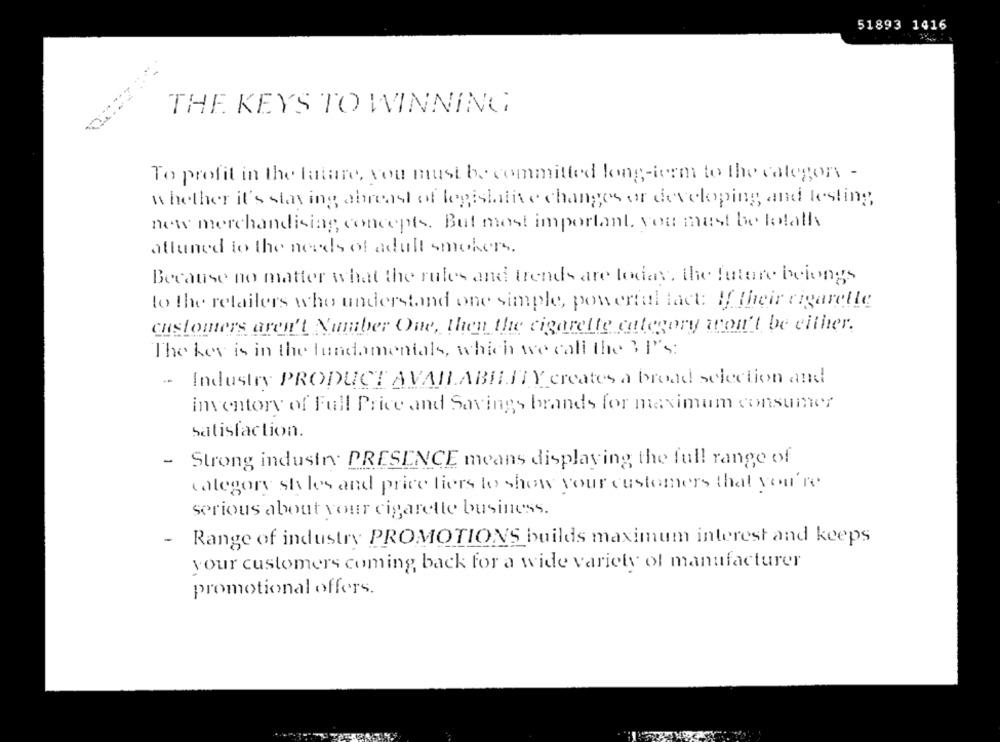
51893 1416
THE KEYS TO WINNING
To profit in the latare, you must be committed long-term to the category -
whether it's staying abreast of legislative changes or developing and testing
new merchandising, concepts. But most important, you must be totally
attuned to the needs of adult smokers.
Because no matter what the rules and trends are today, the future belongs
to the retailers who understand one simple, powerful lact: If their cigaretle
customers aren't Number One, then the cigarette category won't be either.
The key is in the fundamentals, which we call the ? I's:
--
Industry PRODUCT AVAILABILITY creates a broad selection and
inventory of Full Price and Savings brands for maximum consumer
Satisfaction.
- Strong industry PRESENCE means displaying the full range of
category shy les and price fiers to show your customers that you're
serious about your cigarette business.
Range of industry PROMOTIONS builds maximum interest and keeps
your customers coming back for a wide variety of manufacturer
promotional offers.